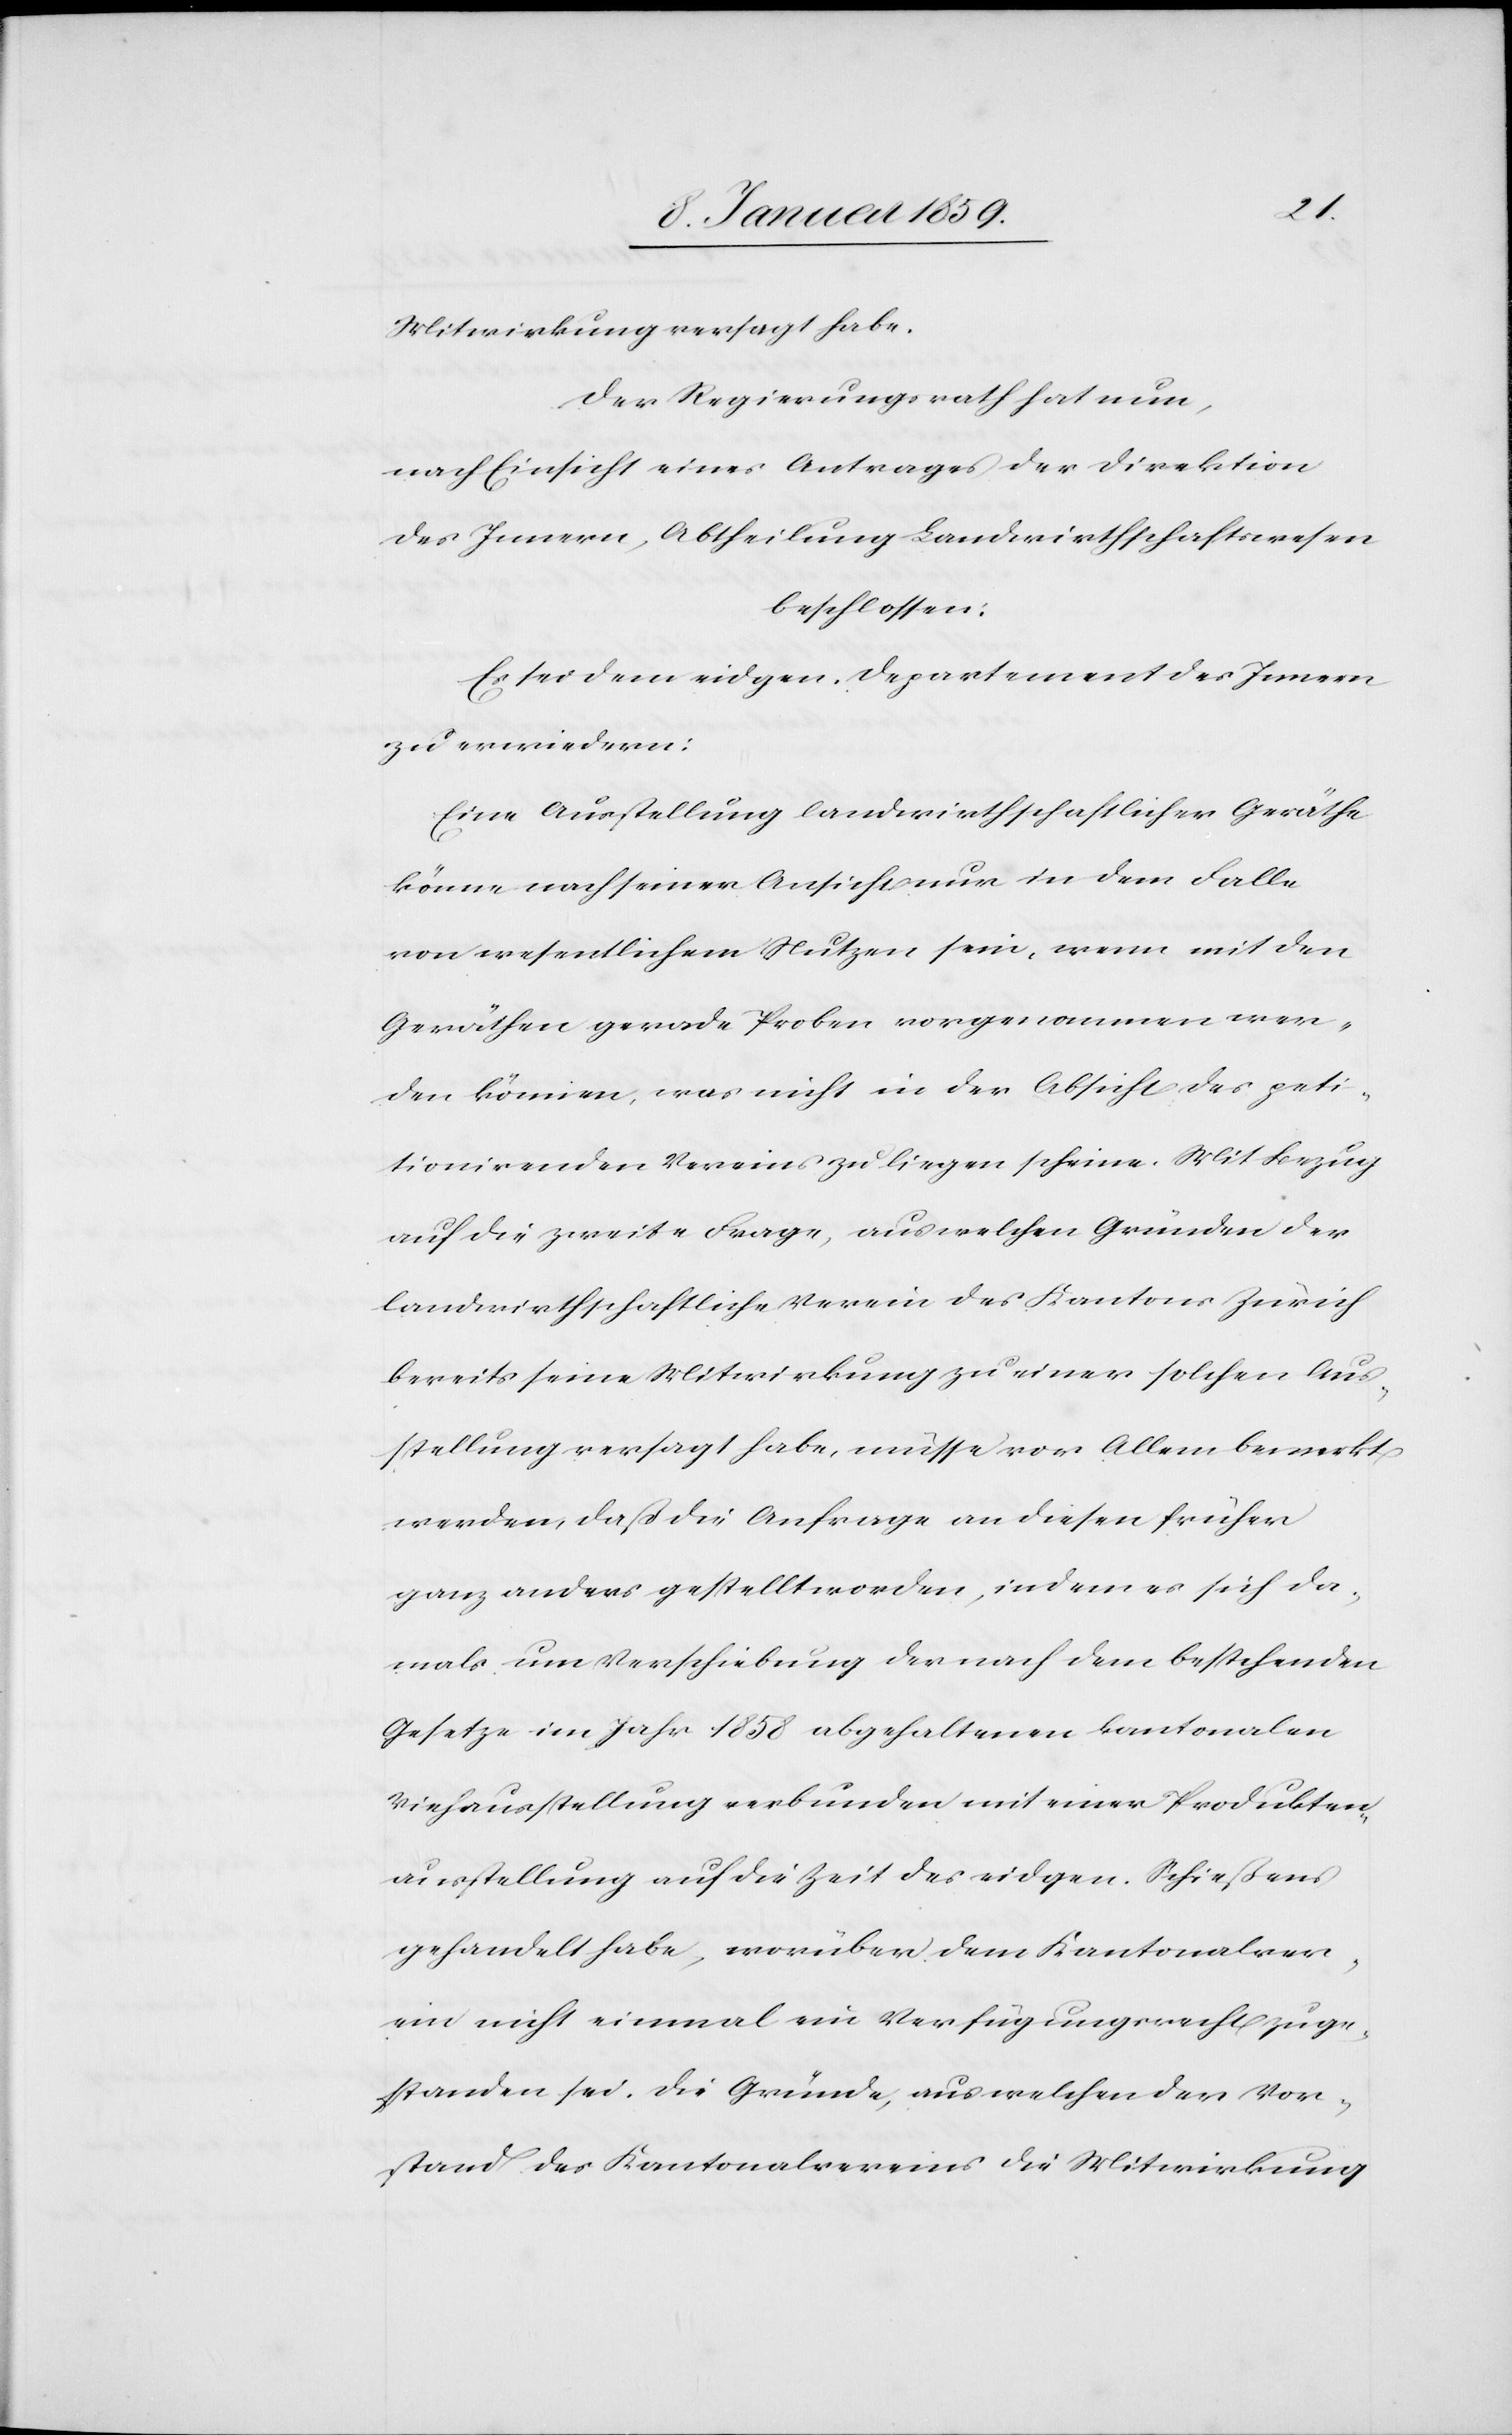
Mitwirkung versagt habe.
Der Regierungsrath hat nun,
nach Einsicht eines Antrages der Direktion
des Innern, Abtheilung Landwirthschaftswesen
beschlossen:
Es sei dem eidgen. Departement des Innern
zu erwiedern:
Eine Ausstellung landwirthschaftlicher Geräthe
könne nach seiner Ansicht nur in dem Falle
von wesentlichem Nutzen sein, wenn mit den
Geräthen gerade Proben vorgenommen wer¬
den können, was nicht in der Absicht des peti¬
tionirenden Vereins zu liegen scheine. Mit Bezug
auf die zweite Frage, aus welchen Gründen der
landwirthschaftliche Verein des Kantons Zürich
bereits seine Mitwirkung zu einer solchen Aus¬
stellung versagt habe, müsse vor Allem bemerkt
werden, daß die Anfrage an diesen früher
ganz anders gestellt worden, indem es sich da¬
mals um Verschiebung der nach dem bestehenden
Gesetze im Jahr 1858 abgehaltenen kantonalen
Viehausstellung verbunden mit einer Produkten¬
ausstellung auf die Zeit des eidgen. Schießens
gehandelt habe, worüber dem Kantonalver¬
ein nicht einmal ein Verfügungsrecht zuge¬
standen sei. Die Gründe, aus welchen der Vor¬
stand des Kantonalvereins die Mitwirkung